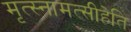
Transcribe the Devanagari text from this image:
मृत्स्नामत्सीहेति